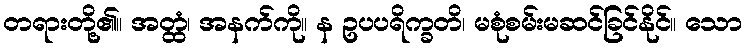
တရားတို့၏။ အတ္ထံ၊ အနက်ကို။ န ဥပပရိက္ခတိ၊ မစုံစမ်းမဆင်ခြင်နိုင်။ သော